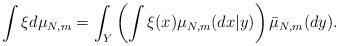
LaTeX: \begin{align*} \int \xi d\mu_{N,m} = \int_Y \left( \int \xi(x) \mu_{N,m}(dx | y ) \right) \bar{\mu}_{N,m} (dy).\end{align*}